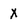
Character: X